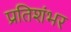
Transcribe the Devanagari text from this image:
प्रतिशंभर